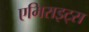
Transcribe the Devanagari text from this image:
एमिराइट्स